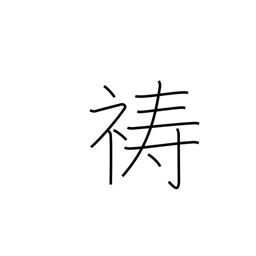
Meaning: pray